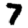
Digit: 7